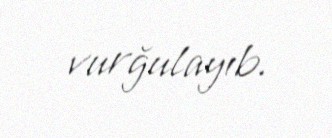
vurğulayıb.